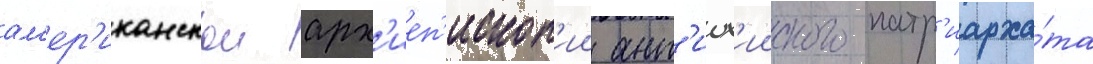
ам'ер'иканскои арх'иеп'ископ'ии ант'иох'ииского патр'иарха́та